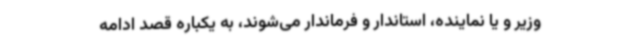
وزیر و یا نماینده، استاندار و فرماندار می‌شوند، به یکباره قصد ادامه